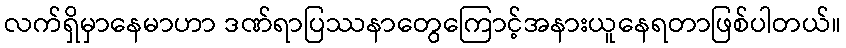
လက်ရှိမှာနေမာဟာ ဒဏ်ရာပြဿနာတွေကြောင့်အနားယူနေရတာဖြစ်ပါတယ်။